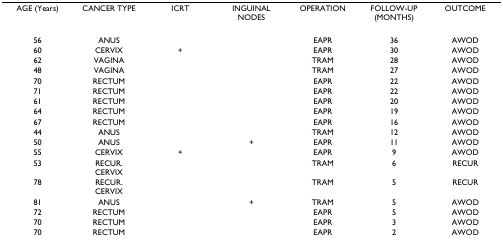
<table><thead><tr><td><b>AGE (Years)</b></td><td><b>CANCER TYPE</b></td><td><b>ICRT</b></td><td><b>INGUINAL NODES</b></td><td><b>OPERATION</b></td><td><b>FOLLOW-UP (MONTHS)</b></td><td><b>OUTCOME</b></td></tr></thead><tbody><tr><td>56</td><td>ANUS</td><td></td><td></td><td>EAPR</td><td>36</td><td>AWOD</td></tr><tr><td>60</td><td>CERVIX</td><td>+</td><td></td><td>EAPR</td><td>30</td><td>AWOD</td></tr><tr><td>62</td><td>VAGINA</td><td></td><td></td><td>TRAM</td><td>28</td><td>AWOD</td></tr><tr><td>48</td><td>VAGINA</td><td></td><td></td><td>TRAM</td><td>27</td><td>AWOD</td></tr><tr><td>70</td><td>RECTUM</td><td></td><td></td><td>EAPR</td><td>22</td><td>AWOD</td></tr><tr><td>71</td><td>RECTUM</td><td></td><td></td><td>EAPR</td><td>22</td><td>AWOD</td></tr><tr><td>61</td><td>RECTUM</td><td></td><td></td><td>EAPR</td><td>20</td><td>AWOD</td></tr><tr><td>64</td><td>RECTUM</td><td></td><td></td><td>EAPR</td><td>19</td><td>AWOD</td></tr><tr><td>67</td><td>RECTUM</td><td></td><td></td><td>EAPR</td><td>16</td><td>AWOD</td></tr><tr><td>44</td><td>ANUS</td><td></td><td></td><td>TRAM</td><td>12</td><td>AWOD</td></tr><tr><td>50</td><td>ANUS</td><td></td><td>+</td><td>EAPR</td><td>11</td><td>AWOD</td></tr><tr><td>55</td><td>CERVIX</td><td>+</td><td></td><td>EAPR</td><td>9</td><td>AWOD</td></tr><tr><td>53</td><td>RECUR.CERVIX</td><td></td><td></td><td>TRAM</td><td>6</td><td>RECUR</td></tr><tr><td>78</td><td>RECUR.CERVIX</td><td></td><td></td><td>TRAM</td><td>5</td><td>RECUR</td></tr><tr><td>81</td><td>ANUS</td><td></td><td>+</td><td>TRAM</td><td>5</td><td>AWOD</td></tr><tr><td>72</td><td>RECTUM</td><td></td><td></td><td>EAPR</td><td>5</td><td>AWOD</td></tr><tr><td>70</td><td>RECTUM</td><td></td><td></td><td>EAPR</td><td>3</td><td>AWOD</td></tr><tr><td>70</td><td>RECTUM</td><td></td><td></td><td>EAPR</td><td>2</td><td>AWOD</td></tr></tbody></table>